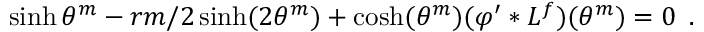
\sinh \theta ^ { m } - r m / 2 \sinh ( 2 \theta ^ { m } ) + \cosh ( \theta ^ { m } ) ( \varphi ^ { \prime } * L ^ { f } ) ( \theta ^ { m } ) = 0 \, \, \, .